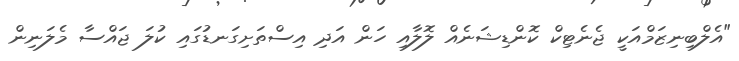
"އެލްބިނިޒަމްއަކީ ޖެނެޓިކް ކޮންޑިޝަނެއް ލޮލާއި ހަން އަދި އިސްތަށިގަނޑުގައި ކުލަ ޖައްސާ މެލަނިން